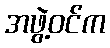
အဖွဲ့ဝင်က